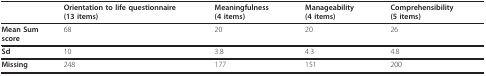
<table><thead><tr><td></td><td><b>Orientation to life questionnaire (13 items)</b></td><td><b>Meaningfulness (4 items)</b></td><td><b>Manageability (4 items)</b></td><td><b>Comprehensibility (5 items)</b></td></tr></thead><tbody><tr><td><b>Mean Sum score</b></td><td>68</td><td>20</td><td>20</td><td>26</td></tr><tr><td><b>Sd</b></td><td>10</td><td>3.8</td><td>4.3</td><td>4.8</td></tr><tr><td><b>Missing</b></td><td>248</td><td>177</td><td>151</td><td>200</td></tr></tbody></table>